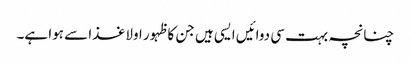
چنانچہ بہت سی دوائیں ایسی ہیں جن کا ظہور اولا غذا سے ہوا ہے۔